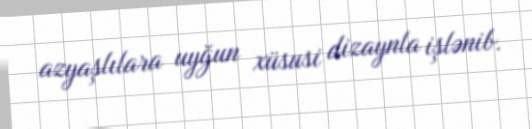
azyaşlılara uyğun xüsusi dizaynla işlənib.